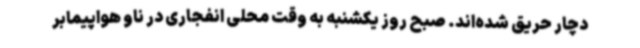
دچار حریق شده‌اند. صبح روز یکشنبه به وقت محلی انفجاری در ناو هواپیمابر